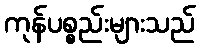
ကုန်ပစ္စည်းများသည်